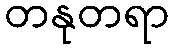
တနုတရာ